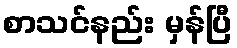
စာသင်နည်း မှန်ပြီ